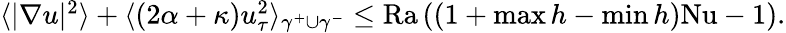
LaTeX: \begin{array}{r}{\langle|\nabla u|^{2}\rangle+\langle(2\alpha+\kappa)u_{\tau}^{2}\rangle_{\gamma^{+}\cup\gamma^{-}}\leq\mathrm{{Ra}}\left((1+\operatorname*{max}h-\operatorname*{min}h)\mathrm{{Nu}}-1\right).}\end{array}